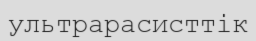
ультрарасисттік